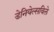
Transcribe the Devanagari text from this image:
डेनियेल्सविले